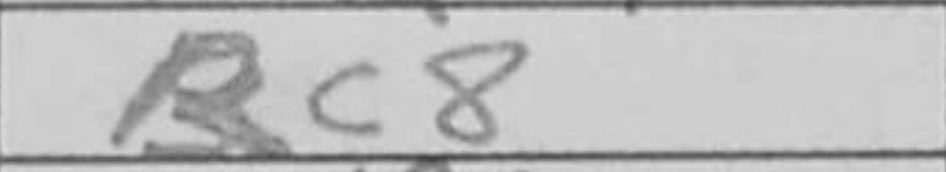
Transcription: Rc8